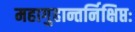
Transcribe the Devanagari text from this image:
महागुहान्तर्निक्षिप्तः